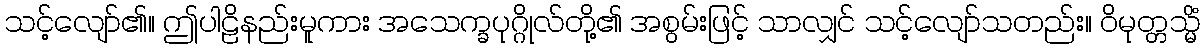
သင့်လျော်၏။ ဤပါဠိနည်းမူကား အသေက္ခပုဂ္ဂိုလ်တို့၏ အစွမ်းဖြင့် သာလျှင် သင့်လျော်သတည်း။ ဝိမုတ္တသ္မိံ